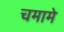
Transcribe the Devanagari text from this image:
चमामे